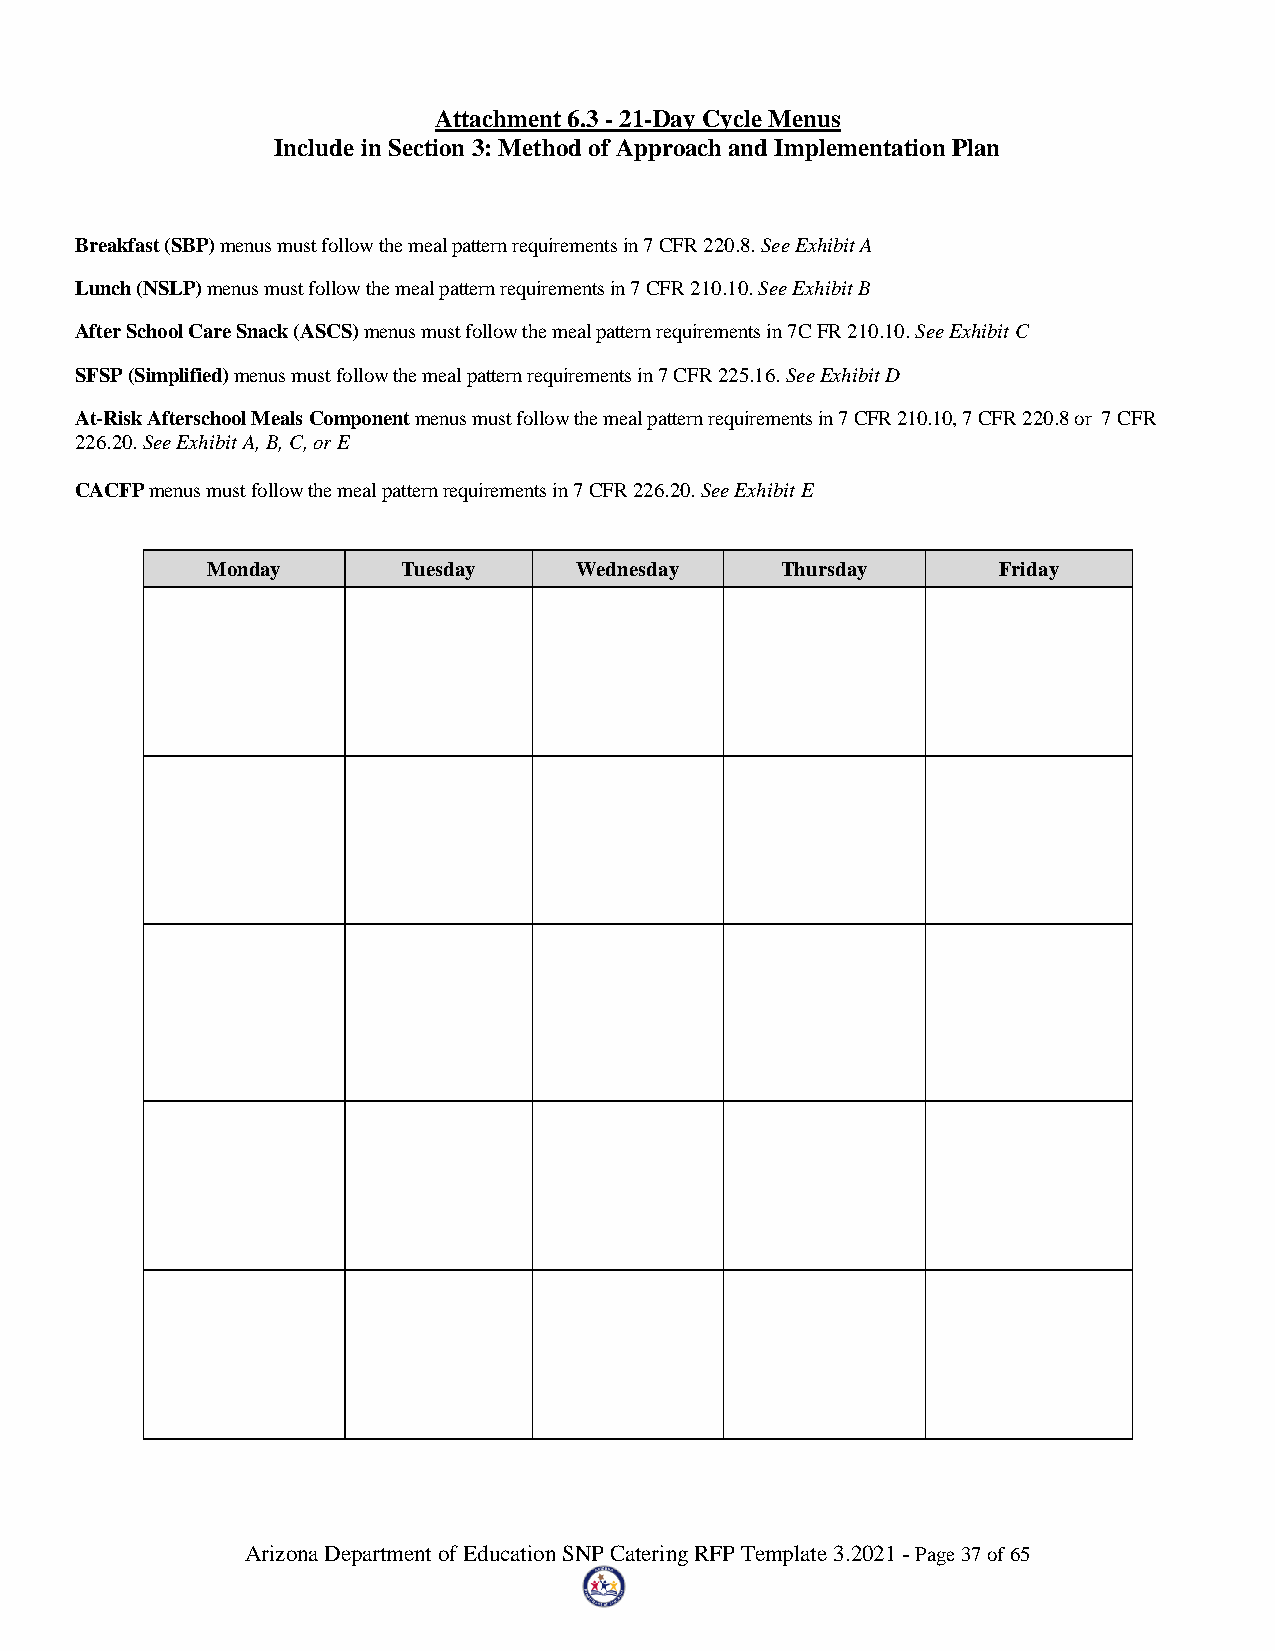
Attachment 6.3 - 21-Day Cycle Menus
 Include in Section 3: Method of Approach and Implementation Plan
 Breakfast (SBP) menus must follow the meal pattern requirements in 7 CFR 220.8. See Exhibit A
 Lunch (NSLP) menus must follow the meal pattern requirements in 7 CFR 210.10. See Exhibit B
 After School Care Snack (ASCS) menus must follow the meal pattern requirements in 7C FR 210.10. See Exhibit C
 SFSP (Simplified) menus must follow the meal pattern requirements in 7 CFR 225.16. See Exhibit D
 At-Risk Afterschool Meals Component menus must follow the meal pattern requirements in 7 CFR 210.10, 7 CFR 220.8 or 7 CFR
 226.20. See Exhibit A, B, C, or E
 CACFP menus must follow the meal pattern requirements in 7 CFR 226.20. See Exhibit E
 Monday       Tuesday    Wednesday     Thursday      Friday
 Arizona Department of Education SNP Catering RFP Template 3.2021 - Page 37 of 65